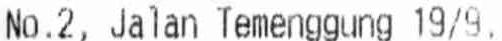
NO.2, JALAN TEMENGGUNG 19/9,